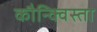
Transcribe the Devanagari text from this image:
कौन्क्विस्ता